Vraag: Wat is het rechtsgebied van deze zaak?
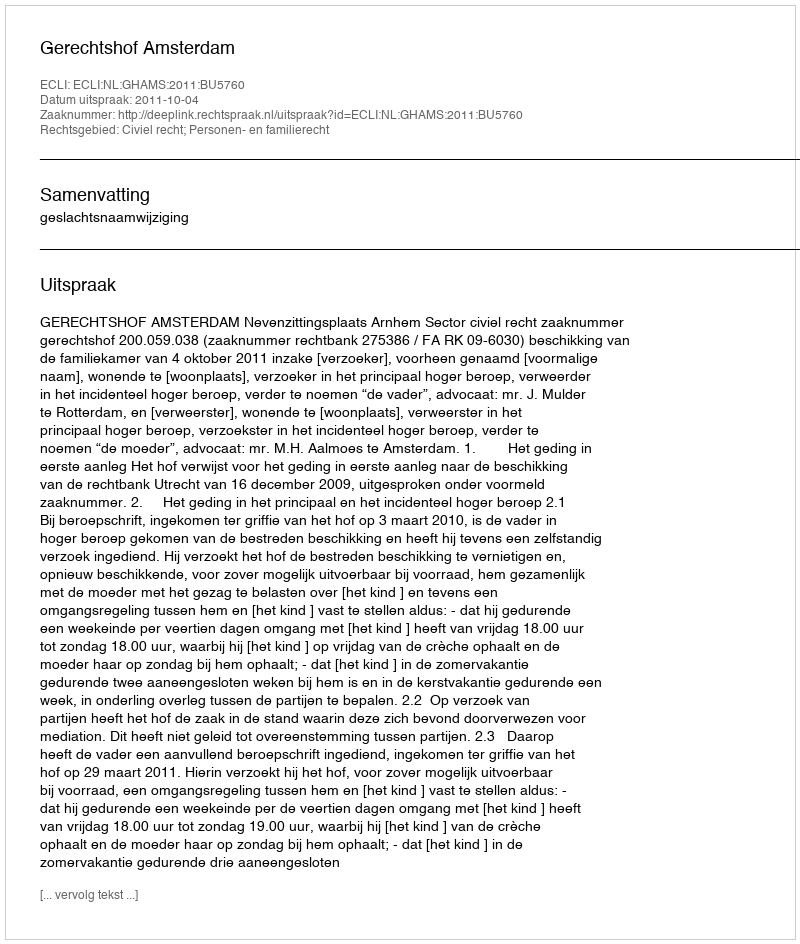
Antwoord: Civiel recht; Personen- en familierecht